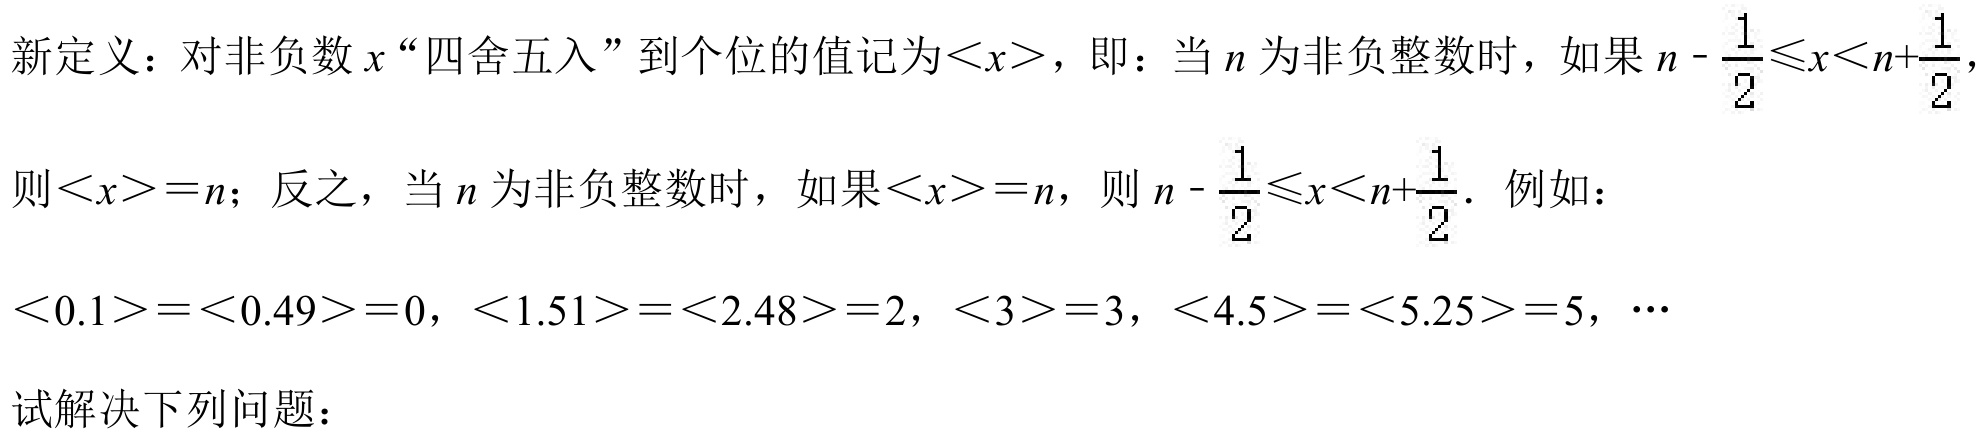
新定义：对非负数$x$“四舍五入”到个位的值记为$\langle x\rangle$，即：当$n$为非负整数时，如果$n - \dfrac{1}{2}\leqslant x\lt n+\dfrac{1}{2}$，
则$\langle x\rangle=n$；反之，当$n$为非负整数时，如果$\langle x\rangle=n$，则$n - \dfrac{1}{2}\leqslant x\lt n+\dfrac{1}{2}$．例如：
$\langle 0.1\rangle=\langle 0.49\rangle=0$，$\langle 1.51\rangle=\langle 2.48\rangle=2$，$\langle 3\rangle=3$，$\langle 4.5\rangle=\langle 5.25\rangle=5$，$\cdots$
试解决下列问题：